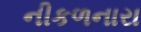
નીકળનારા